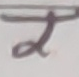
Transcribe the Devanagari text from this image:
ट